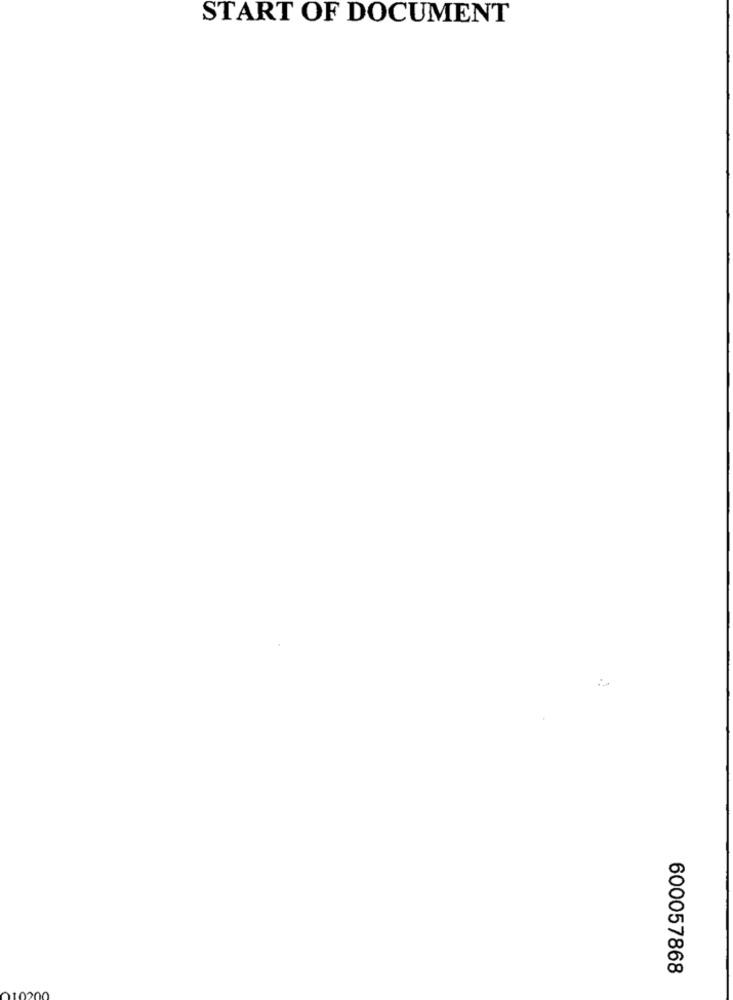
START OF DOCUMENT
600057868